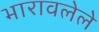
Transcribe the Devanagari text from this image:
भारावलेले